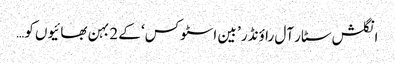
انگلش سٹار آل راؤنڈر ’ بین اسٹوکس‘ کے 2 بہن بھائیوں کو…